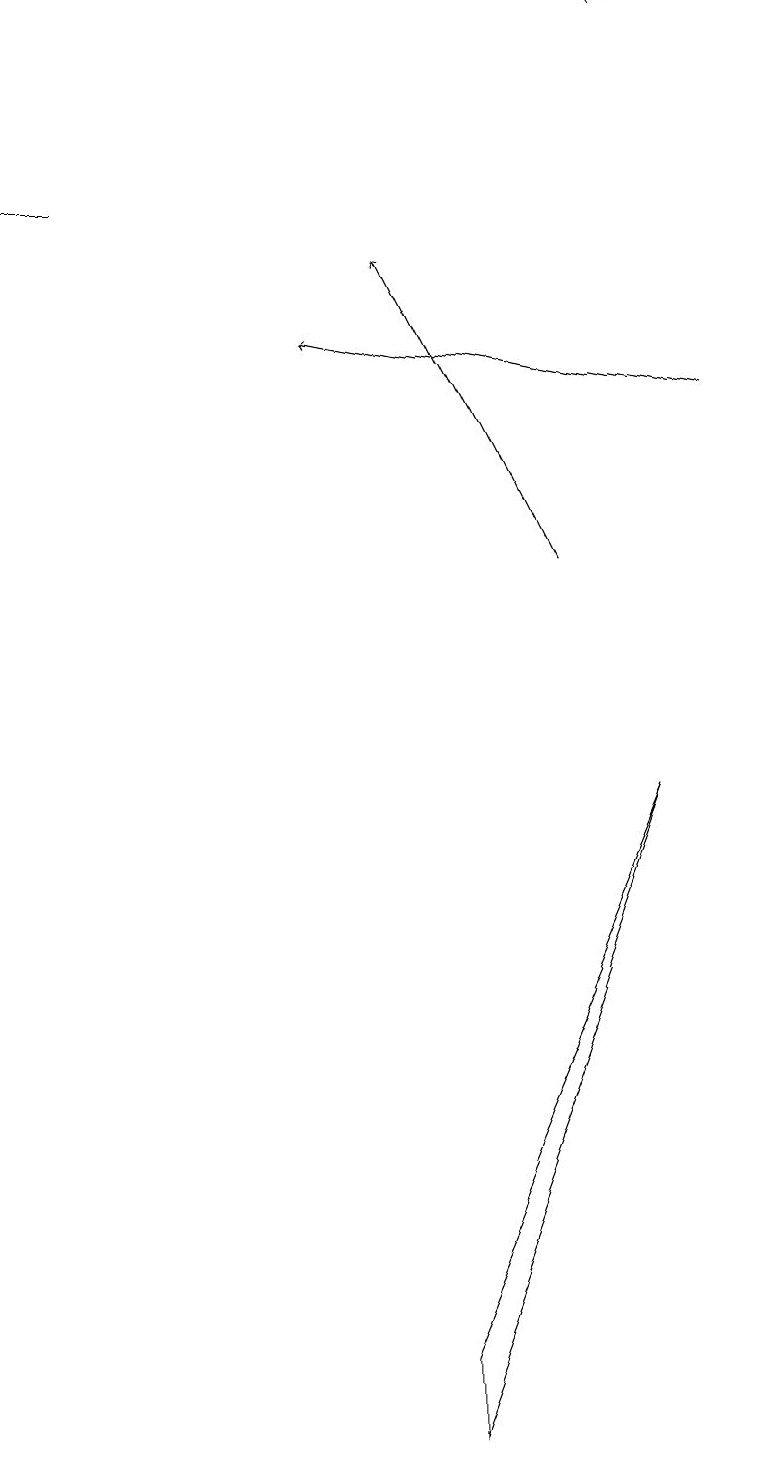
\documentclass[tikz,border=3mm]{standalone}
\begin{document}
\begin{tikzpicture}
\draw[->] (7,12) -- (5,16);
\draw (5,2) -- (5,1) -- (8,9) -- cycle;
\draw[->] (9,19) -- (8,19);
\draw[->] (1,17) -- (0,17);
\draw[->] (9,14) -- (4,15);
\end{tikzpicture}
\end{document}